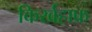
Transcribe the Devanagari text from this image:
किर्खहाफ्र